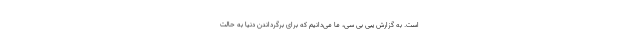
است. به گزارش یبی بی سی، ما می‌دانیم که برای برگرداندن دنیا به حالت